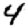
Digit: 4